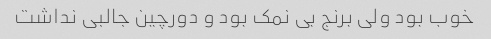
خوب بود ولی برنج بی نمک بود و دورچین جالبی نداشت